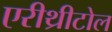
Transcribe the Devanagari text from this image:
एरीथ्रीटोल